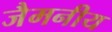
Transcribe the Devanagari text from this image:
जैमनीय